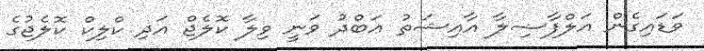
ވަޑައިގެން އަލްފާޟިލާ އާއިޝަތު ޢަބްދު ވަނީ ވިލާ ކޮލެޖް އަދި ކްލިކް ކޮލެޖުގެ